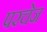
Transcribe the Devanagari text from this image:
परचेज